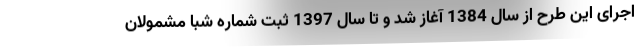
اجرای این طرح از سال 1384 آغاز شد و تا سال 1397 ثبت شماره شبا مشمولان